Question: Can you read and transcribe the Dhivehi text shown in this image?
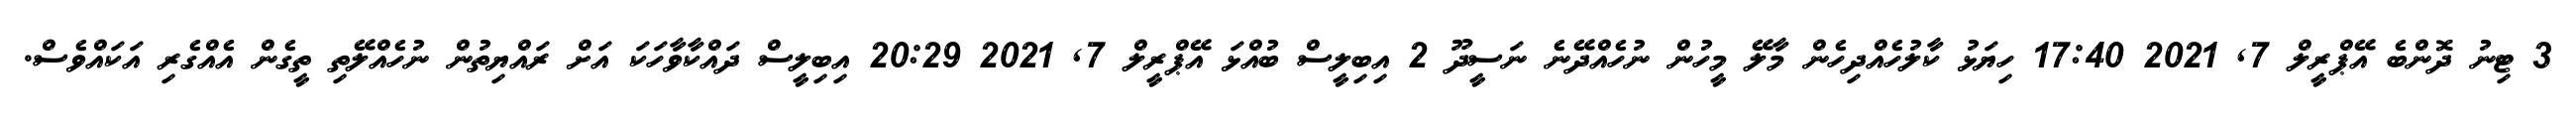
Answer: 3 ޓިނު ދޮންބެ އޭޕްރީލް 7, 2021 17:40 ހިޔަޅު ކާލުހެއްދިހެން މާލޭ މީހުން ނުހެއްދޭނެ ނަސީދޫ 2 އިބިލީސް ބުއްޅަ އޭޕްރީލް 7, 2021 20:29 އިބިލީސް ދައްކާވާހަކަ އަށް ރައްޔިތުން ނުހެއްލޭތި ތީގެން އެއްގެރި އަކައްވެސް.